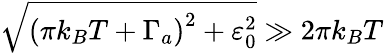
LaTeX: \sqrt{\left(\pi k_{B}T+\Gamma_{a}\right)^{2}+\varepsilon_{0}^{2}}\gg 2\pi k_{B}T